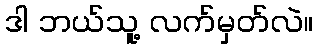
ဒါ ဘယ်သူ့ လက်မှတ်လဲ။